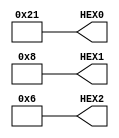
module sevensegment(HEX0,HEX1,HEX2);
		output [6:0] HEX2, HEX1, HEX0;
		assign HEX0[0] = 1;
		assign HEX0[1] = 0;
		assign HEX0[2] = 0;
		assign HEX0[3] = 0;
		assign HEX0[4] = 0;
		assign HEX0[5] = 1;
		assign HEX0[6] = 0;
		assign HEX1 = 7'b0001000;
		assign HEX2 = 7'b0000110;
endmodule